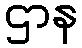
ဌာန